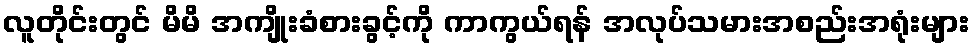
လူတိုင်းတွင် မိမိ အကျိုးခံစားခွင့်ကို ကာကွယ်ရန် အလုပ်သမားအစည်းအရုံးများ